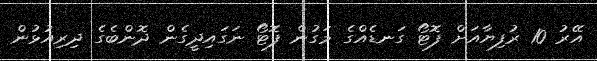
އޭރު 10 ރުފިޔާއަށް ފޮޓޯ ގަނޑެއްގެ މަގުން ފޮޓޯ ނަގައިދީގެން ދޮންބެގެ ދިރިއުޅުން